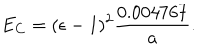
LaTeX: E _ { C } = ( \epsilon - 1 ) ^ { 2 } { \frac { 0 . 0 0 4 7 6 7 } { a } } .